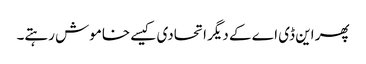
پھر این ڈی اے کے دیگر اتحادی کیسے خاموش رہتے۔